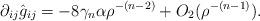
LaTeX: \begin{align*}\partial_{ij}\hat{g}_{ij}&=- 8\gamma_n\alpha\rho^{-(n-2)} + O_2(\rho^{-(n-1)}).\end{align*}